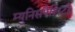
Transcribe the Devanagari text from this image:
म्युनिसपैलिटी